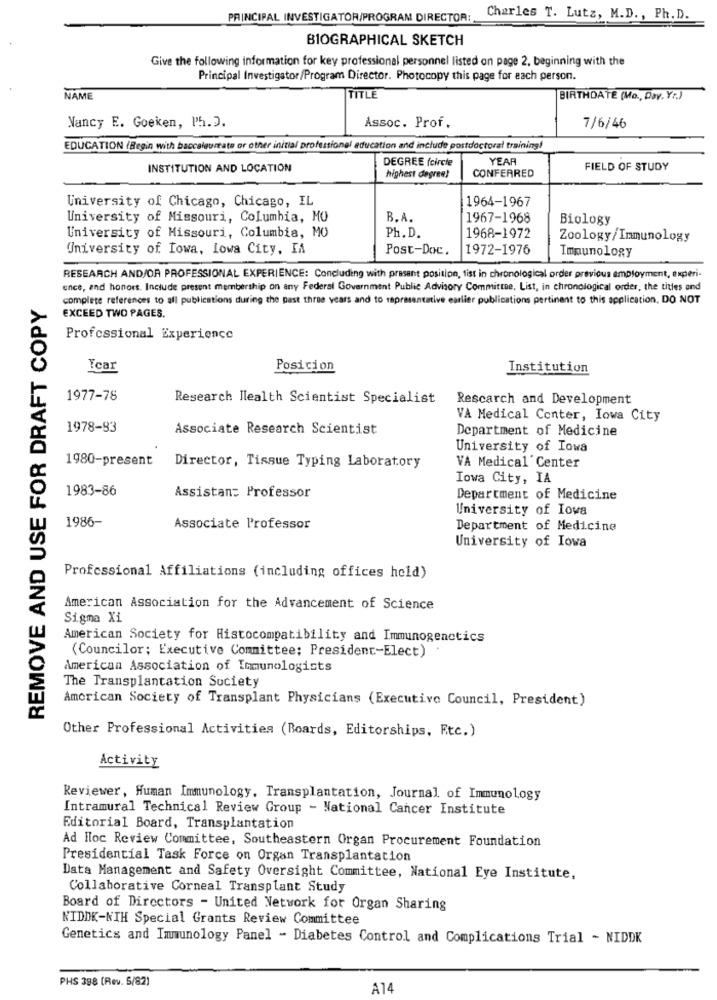
PRINCIPAL INVESTIGATOR/PROGRAM DIRECTOR:
Charles T. Lutz, M.D ., Ph. D.
BIOGRAPHICAL SKETCH
Give the following information for key professional personnel listed on page 2, beginning with the
Principal Investigator/Program Director. Photocopy this page for each person.
NAME
TITLE
BIRTHDATE (Mo ., Day. Y.)
Nancy E. Goeken, Ph.D.
Assoc. Prof.
7/6/46
EDUCATION (Begin with baccalaureate or other initial professionel education and include postdoctoral training!
DEGREE (circle
YEAR
INSTITUTION AND LOCATION
CONFERRED
FIELD OF STUDY
highest degree!
University of Chicago, Chicago, IL
1964-1967
University of Missouri, Columbia, MO
B.A.
1967-1968
Biology
University of Missouri, Columbia, MO
Ph. D.
1968-1972
Zoology/Immunology
University of Iowa, Lowa City, IA
Post-Doc.
1972-1976
Immunology
RESEARCH AND/OR PROFESSIONAL EXPERIENCE: Concluding with present position, tist in chronological order previous employment, experi-
ence, and honors. Include present membership on any Federal Government Public Advisory Committee, List, in chronological order, the titles and
REMOVE AND USE FOR DRAFT COPY
complete references to all publications during the past three years and to representative earlier publications pertinent to this application, DO NOT
EXCEED TWO PAGES.
Professional Experience
Year
Posicion
Institution
1977-78
Research Health Scientist Specialist
Rescarch and Development
VA Medical Center, Iowa City
1978-93
Associate Research Scientist
Department of Medicine
University of Iowa
1980-present
Director, Tissue Typing Laboratory
VA Medical Center
Iowa City, IA
1983-86
Assistant Professor
Department of Medicine
University of Iowa
1986-
Associate Professor
Department of Medicine
University of Iowa
Professional Affiliations (including offices hold)
American Association for the Advancement of Science
Sigma Xi
American Society for Histocompatibility and Immunogenctics
(Councilor; Executive Committee; President-Elect)
American Association of Immunologists
The Transplantation Society
American Society of Transplant Physicians (Executivo Council, President)
Other Professional Activities (Boards, Editorships, Etc.)
Activity
Reviewer, Human Immunology, Transplantation, Journal of Immunology
Intramural Technical Review Group - National Cancer Institute
Editorial Board, Transplantation
Ad Hoc Review Committee, Southeastern Organ Procurement Foundation
Presidential Task Force on Organ Transplantation
Data Management and Safety Oversight Committee, National Eye Institute,
Collaborative Corneal Transplant Study
Board of Directors - United Network for Organ Sharing
NIDDK-NIH Special Grants Review Committee
Genetics and Immunology Panel - Diabetes Control and Complications Trial - NIDDK
PHS 398 (Rev. 5/82)
A14